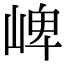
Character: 崥